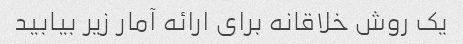
یک روش خلاقانه برای ارائه آمار زیر بیابید